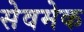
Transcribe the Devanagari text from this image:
सेवमेक